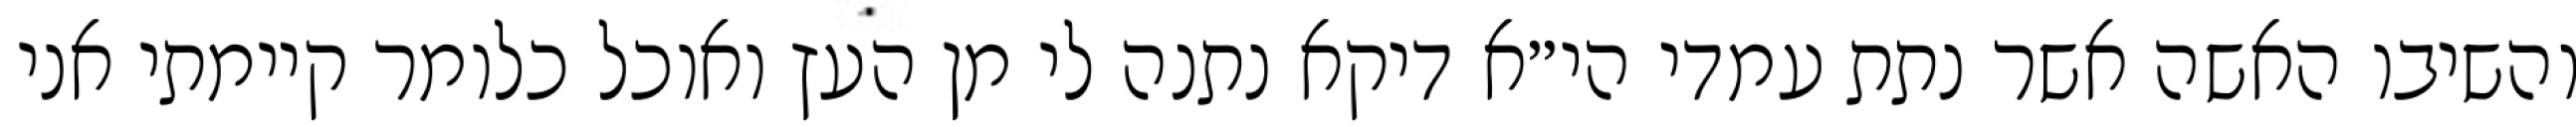
והשיבו האשה אשר נתת עמדי הי״א דיקא נתנה לי מן העץ ואוכל כלומר קיימתי אני